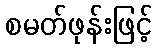
စမတ်ဖုန်းဖြင့်